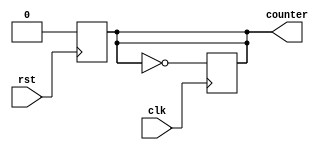
module MemoryCounter(input clk, input rst, output reg counter);

always @(posedge rst) begin
   counter<=0;
end

    always@(posedge clk)
    begin
       //if(rst) counter <=0;
       // else
        counter <= ~counter;
    end
    
endmodule